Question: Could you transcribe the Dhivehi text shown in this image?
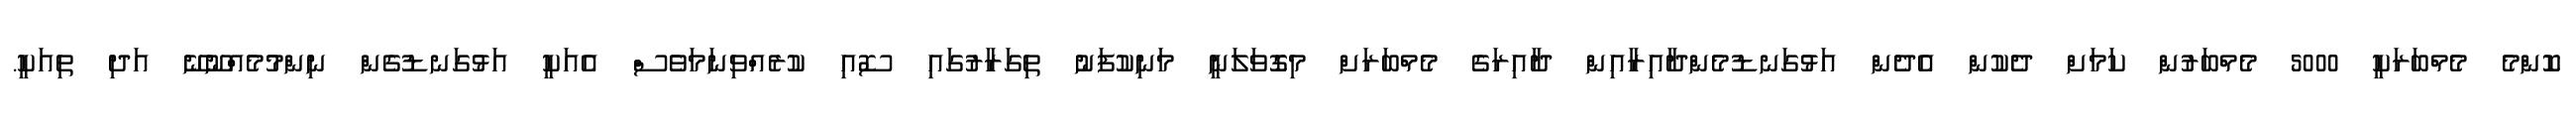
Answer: ކޮންމެ މެމްބަރަކީ 5000 މެމްބަރުން ކަމަށް ދެކުން އެދެން އަޅުގަނޑުމެންދާއިރާއިން ދާއިރަގެ މެމްބަރަށް މިގޮވަލަނީ މަނިކުފަނު ތިގަރާރުގައި ސޮއި ކުރެއްވިނަމަވެސް އެއަކީ އަޅުގަނޑުގެން ނިންމުމެއްނޫނޭ އަދި ތިއަކީ.